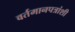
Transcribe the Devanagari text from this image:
वर्तमानपत्रांशी